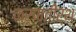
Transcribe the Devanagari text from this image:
कर्णतीर्थ